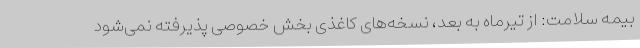
بیمه سلامت: از تیرماه به بعد، نسخه‌های کاغذی بخش خصوصی پذیرفته نمی‌شود